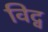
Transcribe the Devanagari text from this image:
विद्व